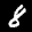
Label: 8